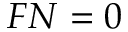
F N = 0